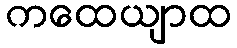
ကထေယျာထ